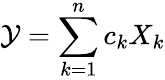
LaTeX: \mathcal{Y}=\sum_{k=1}^{n}c_{k}X_{k}